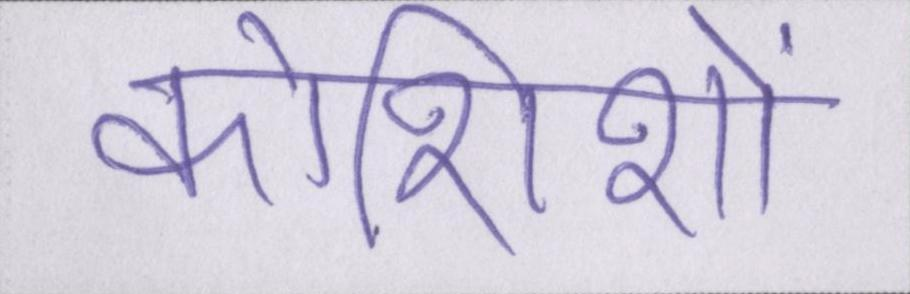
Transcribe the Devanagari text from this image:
कोशिशों